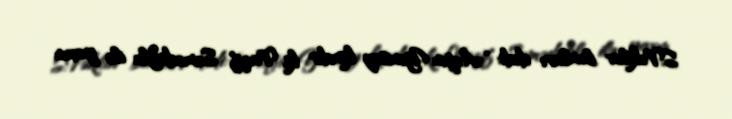
S.Vəkilov bunları dedi: “Aqşin Yenisey kimdir ki, Vaqif Səmədoğlu ilə yaxın